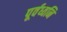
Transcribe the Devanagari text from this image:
पूर्वध्वनि